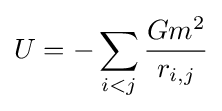
U=-\sum _{i<j}{\frac {Gm^{2}}{r_{i,j}}}